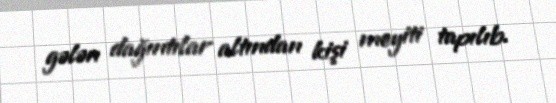
gələn dağıntılar altından kişi meyiti tapılıb.